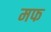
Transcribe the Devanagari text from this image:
मफ